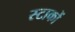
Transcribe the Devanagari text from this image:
स्टाकों